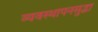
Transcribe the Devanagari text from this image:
व्यवस्थापनसुद्धा